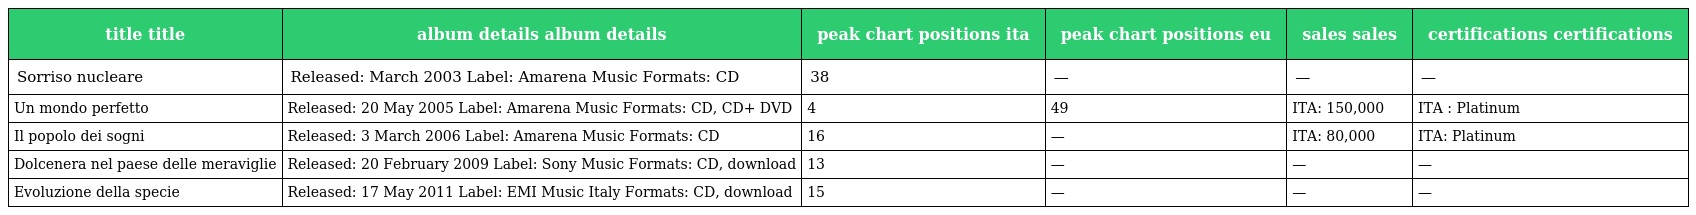
| title title | album details album details | peak chart positions ita | peak chart positions eu | sales sales | certifications certifications |
 | --- | --- | --- | --- | --- | --- |
 | Sorriso nucleare | Released: March 2003 Label: Amarena Music Formats: CD | 38 | — | — | — |
 | Un mondo perfetto | Released: 20 May 2005 Label: Amarena Music Formats: CD, CD+ DVD | 4 | 49 | ITA: 150,000 | ITA : Platinum |
 | Il popolo dei sogni | Released: 3 March 2006 Label: Amarena Music Formats: CD | 16 | — | ITA: 80,000 | ITA: Platinum |
 | Dolcenera nel paese delle meraviglie | Released: 20 February 2009 Label: Sony Music Formats: CD, download | 13 | — | — | — |
 | Evoluzione della specie | Released: 17 May 2011 Label: EMI Music Italy Formats: CD, download | 15 | — | — | — |